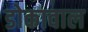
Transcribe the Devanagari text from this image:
डोकावाल